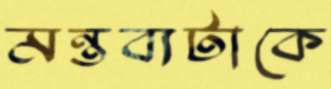
মন্তব্যটাকে